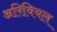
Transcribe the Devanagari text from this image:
अरिवियल